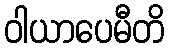
ဝါယာပေမီတိ